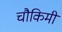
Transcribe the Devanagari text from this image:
चौकिमी